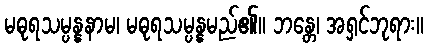
မဓုရသမ္ပန္နနာမ၊ မဓုရသမ္ပန္နမည်၏။ ဘန္တေ၊ အရှင်ဘုရား။